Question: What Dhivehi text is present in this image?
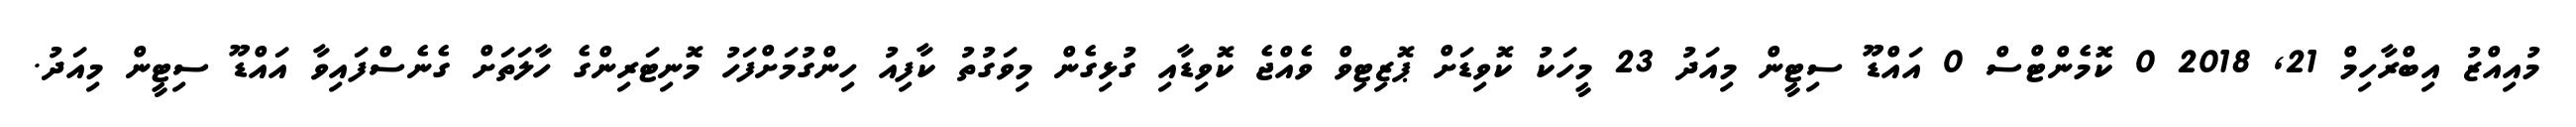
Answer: މުއިއްޒު އިބްރާހިމް 21, 2018 0 ކޮމެންޓްސް 0 އައްޑޫ ސިޓީން މިއަދު 23 މީހަކު ކޮވިޑަށް ޕޮޒިޓިވް ވެއްޖެ ކޮވިޑާއި ގުޅިގެން މިވަގުތު ކާފިއު ހިންގުމަށްފަހު މޮނިޓަރިންގެ ހާލަތަށް ގެނެސްފައިވާ އައްޑޫ ސިޓީން މިއަދު.